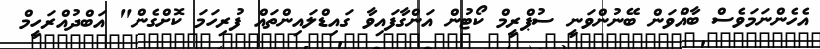
އެހެންނަމަވެސް ބާއްވަން ބޭނުންވަނީ ސުޕްރީމް ކޯޓުން އަންގާފައިވާ ގައިޑްލައިންތައް ފުރިހަމަ ކޮށްގެން" އަބްދުއްރަހީމް